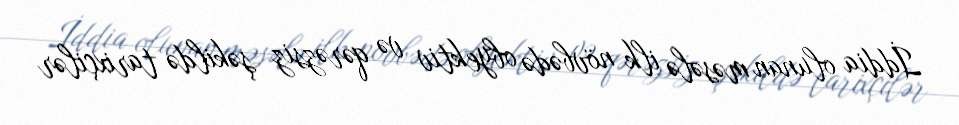
İddia olunan məsələ ilk növbədə obyektiv və qərəzsiz şəkildə tarixçilər